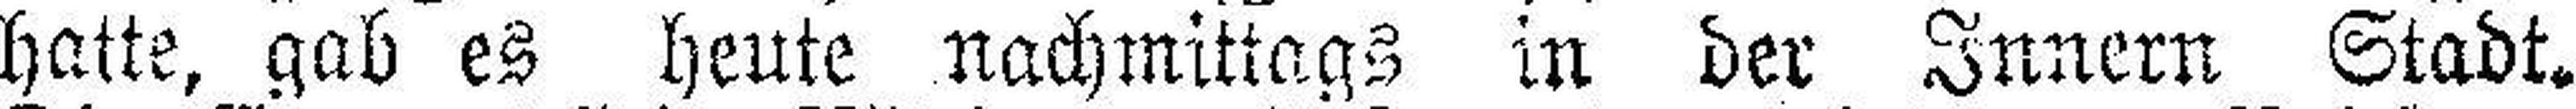
hatte, gab es heute nachmittags in der Innern Stadt.